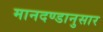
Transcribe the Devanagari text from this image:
मानदण्डानुसार